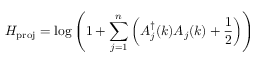
H _ { \mathrm { p r o j } } = \log \left( 1 + \sum _ { j = 1 } ^ { n } \left( A _ { j } ^ { \dagger } ( k ) A _ { j } ( k ) + { \frac { 1 } { 2 } } \right) \right)